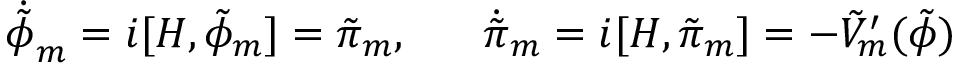
\dot { \tilde { \phi } } _ { m } = i [ H , \tilde { \phi } _ { m } ] = \tilde { \pi } _ { m } , \; \; \; \; \; \; \dot { \tilde { \pi } } _ { m } = i [ H , \tilde { \pi } _ { m } ] = - \tilde { V } _ { m } ^ { \prime } ( \tilde { \phi } )